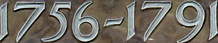
1756-1791